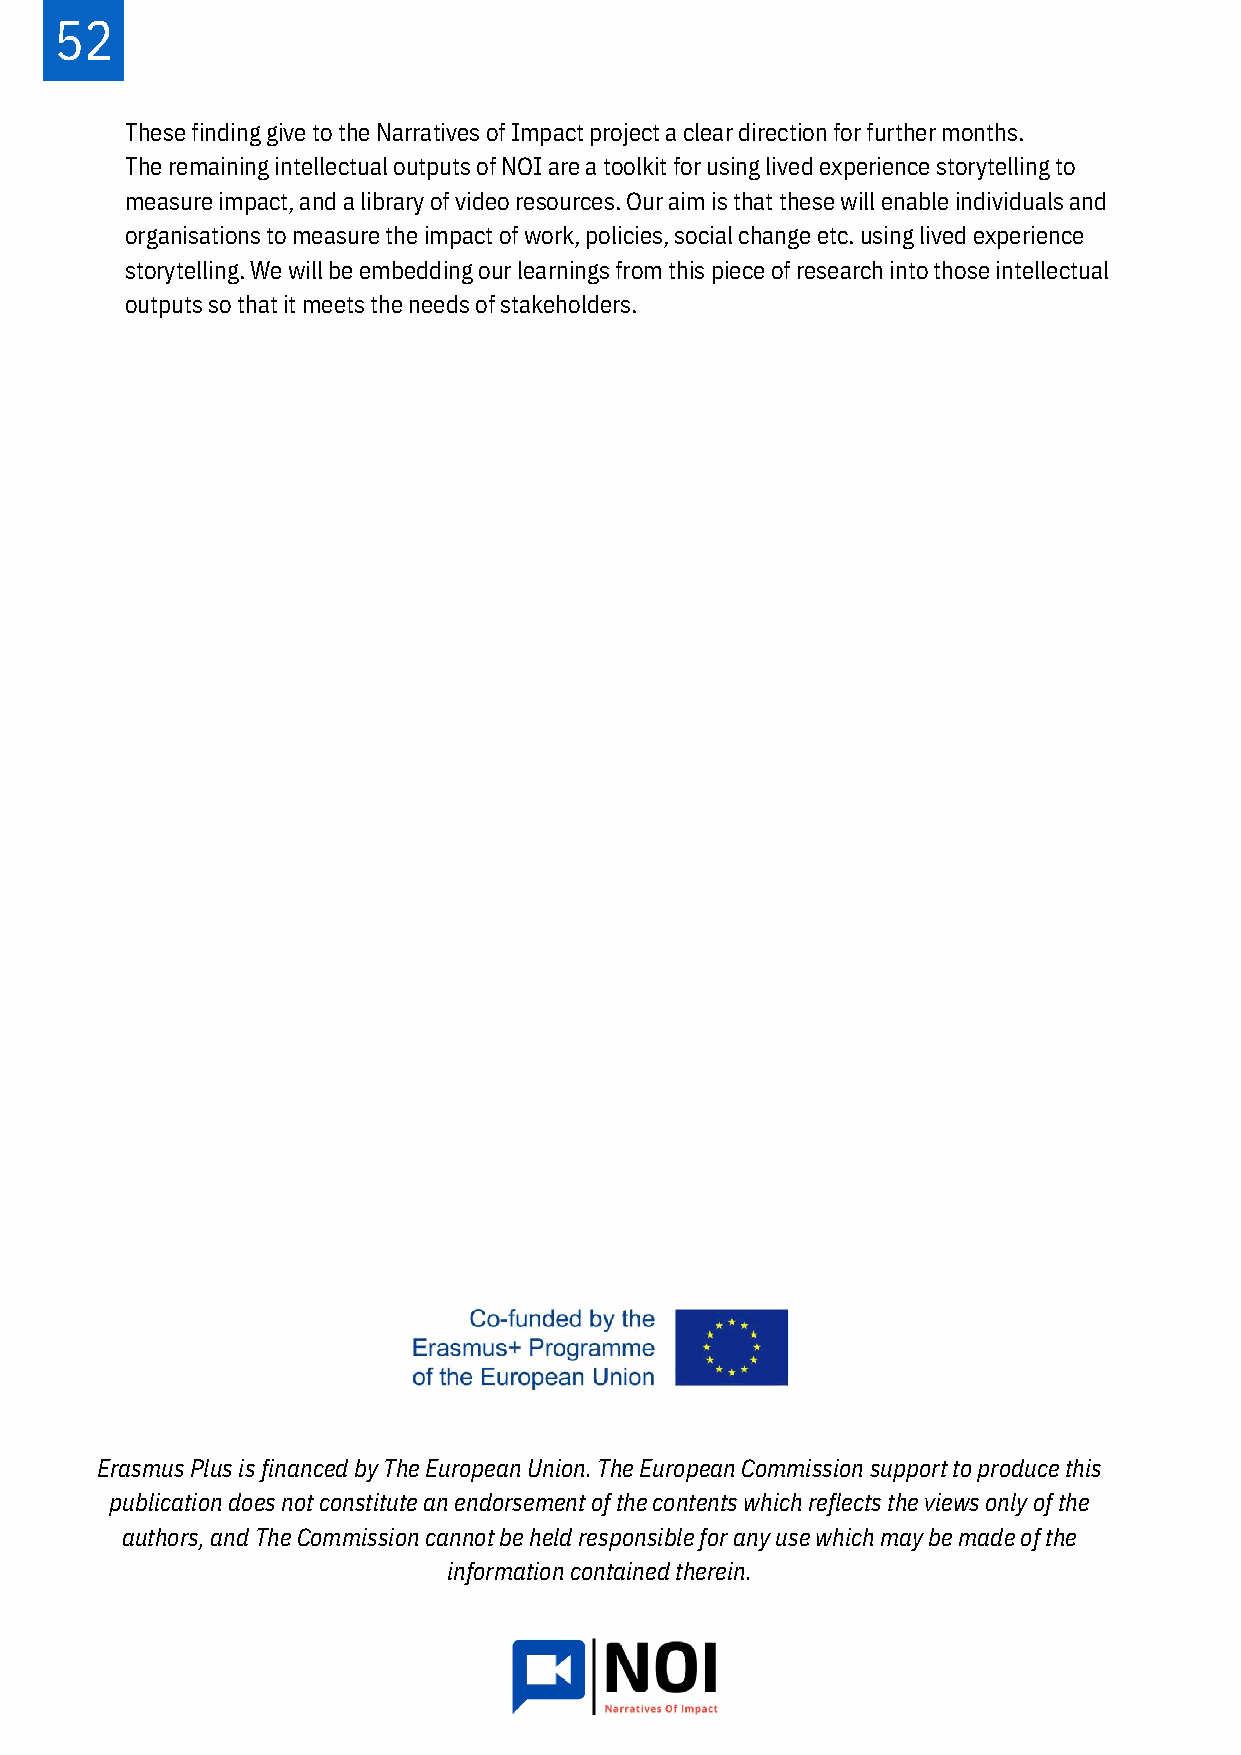
52
 These finding give to the Narratives of Impact project a clear direction for further months.
 The remaining intellectual outputs of NOI are a toolkit for using lived experience storytelling to
 measure impact, and a library of video resources. Our aim is that these will enable individuals and
 organisations to measure the impact of work, policies, social change etc. using lived experience
 storytelling. We will be embedding our learnings from this piece of research into those intellectual
 outputs so that it meets the needs of stakeholders.
 Erasmus Plus is financed by The European Union. The European Commission support to produce this
 publication does not constitute an endorsement of the contents which reflects the views only of the
 authors, and The Commission cannot be held responsible for any use which may be made of the
 information contained therein.